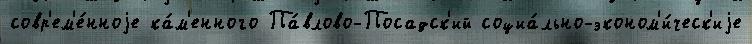
совр'ем'е́нноjе ка́м'енного Па́влово-Посадск'ий социа́льно-эконом'и́ческ'иjе